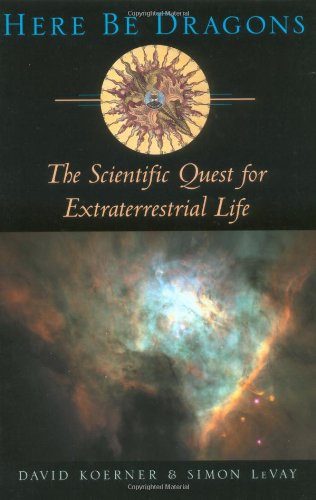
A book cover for Here Be Dragons: The Scientific Quest for Extraterrestrial Life; David Koerner; Science & Math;